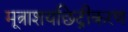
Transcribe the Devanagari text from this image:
मूत्राशयछिद्रीकरण